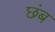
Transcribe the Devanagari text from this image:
छंब